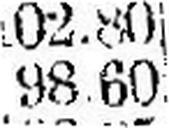
98.60